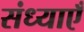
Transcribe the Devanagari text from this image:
संध्याएँ